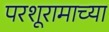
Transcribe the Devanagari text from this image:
परशूरामाच्या